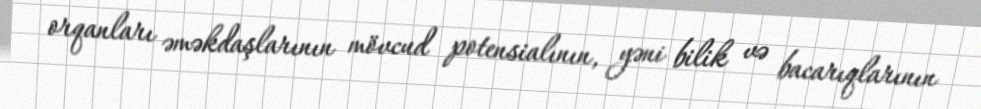
orqanları əməkdaşlarının mövcud potensialının, yəni bilik və bacarıqlarının